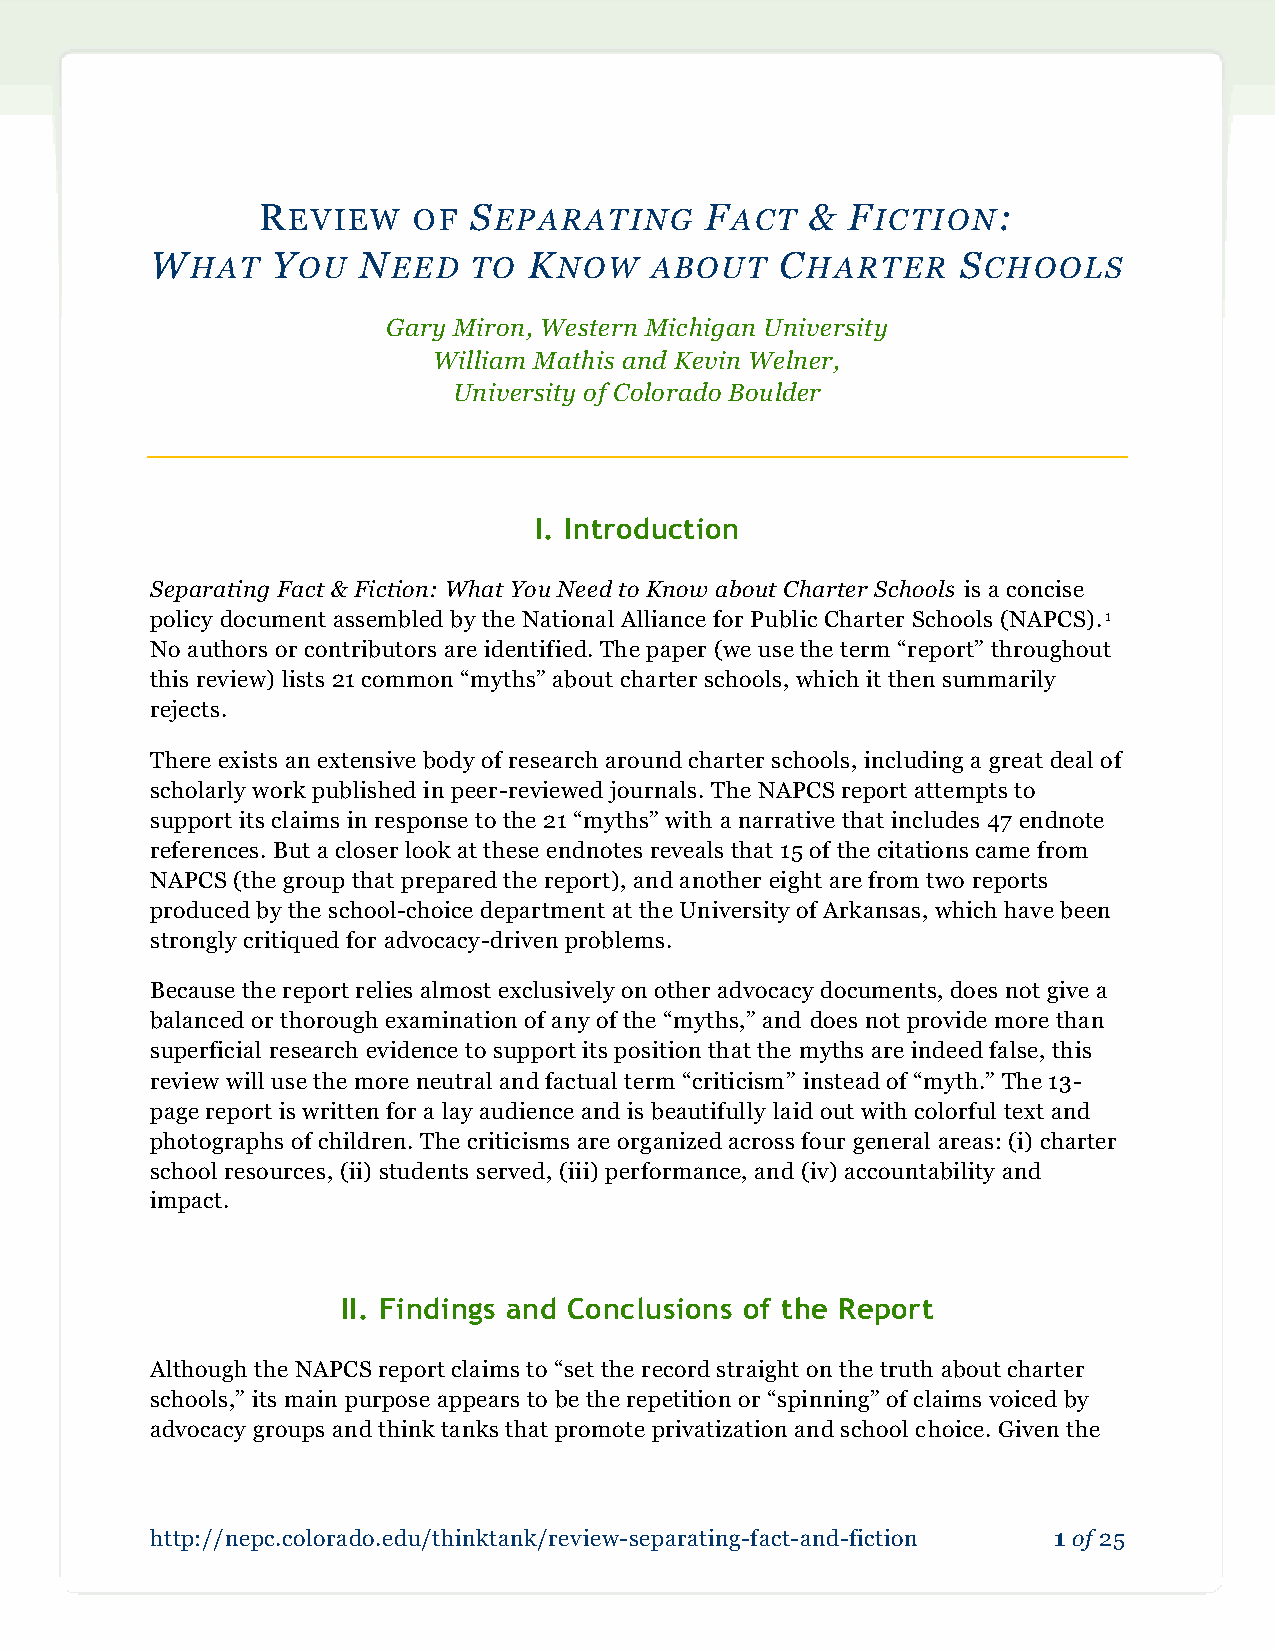
REVIEW    OF  SEPARATING      FACT   & FICTION:
 WHAT    YOU   NEED   TO  KNOW    ABOUT    CHARTER     SCHOOLS
 Gary Miron, Western Michigan University
 William Mathis and Kevin Welner,
 University of Colorado Boulder
 I. Introduction
 Separating Fact & Fiction: What You Need to Know about Charter Schools is a concise
 policy document assembled by the National Alliance for Public Charter Schools (NAPCS).1
 No authors or contributors are identified. The paper (we use the term “report” throughout
 this review) lists 21 common “myths” about charter schools, which it then summarily
 rejects.
 There exists an extensive body of research around charter schools, including a great deal of
 scholarly work published in peer-reviewed journals. The NAPCS report attempts to
 support its claims in response to the 21 “myths” with a narrative that includes 47 endnote
 references. But a closer look at these endnotes reveals that 15 of the citations came from
 NAPCS (the group that prepared the report), and another eight are from two reports
 produced by the school-choice department at the University of Arkansas, which have been
 strongly critiqued for advocacy-driven problems.
 Because the report relies almost exclusively on other advocacy documents, does not give a
 balanced or thorough examination of any of the “myths,” and does not provide more than
 superficial research evidence to support its position that the myths are indeed false, this
 review will use the more neutral and factual term “criticism” instead of “myth.” The 13-
 page report is written for a lay audience and is beautifully laid out with colorful text and
 photographs of children. The criticisms are organized across four general areas: (i) charter
 school resources, (ii) students served, (iii) performance, and (iv) accountability and
 impact.
 II. Findings and Conclusions of the Report
 Although the NAPCS report claims to “set the record straight on the truth about charter
 schools,” its main purpose appears to be the repetition or “spinning” of claims voiced by
 advocacy groups and think tanks that promote privatization and school choice. Given the
 http://nepc.colorado.edu/thinktank/review-separating-fact-and-fiction 1 of 25